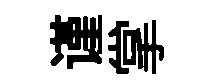
谨掌